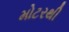
મોટરથી